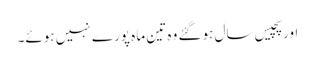
اور پچیس سال ہوگئے وہ تین ماہ پورے نہیں ہوئے۔